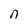
Character: n